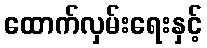
ထောက်လှမ်းရေးနှင့်